Sexual cycle of Leucocytozoon canis in the tick - Number 28
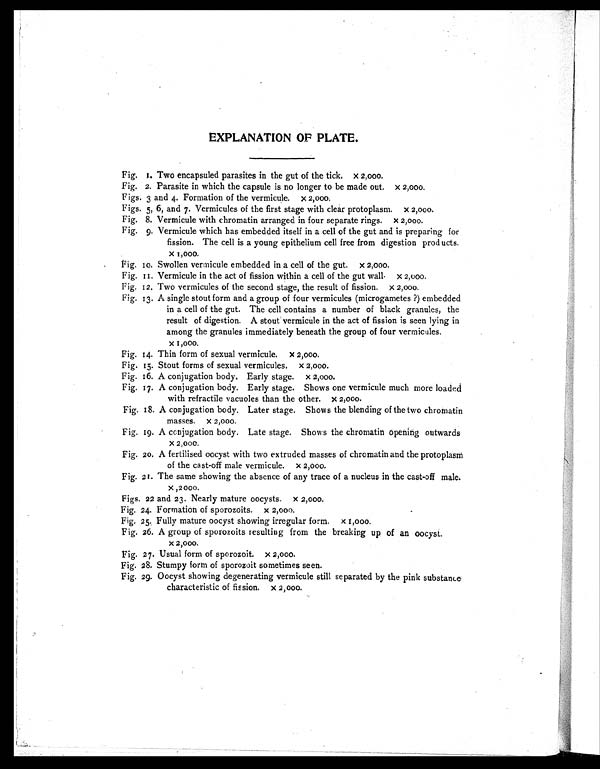
EXPLANATION OF PLATE.
Fig. 1. Two encapsuled parasites in the gut of the tick. x 2,000.
Fig. 2. Parasite in which the capsule is no longer to be made out. x 2,000.
Figs. 3 and 4. Formation of the vermicule. x 2,000.
Figs. 5, 6, and 7. Vermicules of the first stage with clear protoplasm. x 2,000.
Fig. 8. Vermicule with chromatin arranged in four separate rings. x 2,000.
Fig. 9. Vermicule which has embedded itself in a cell of the gut and is preparing for
fission. The cell is a young epithelium cell free from digestion products.
x 1,000.
Fig. 10. Swollen vermicule embedded in a cell of the gut. x 2,000.
Fig. 11. Vermicule in the act of fission within a cell of the gut wall x 2,000.
Fig. 12. Two vermicules of the second stage, the result of fission. x 2,000.
Fig. 13. A single stout form and a group of four vermicules (microgametes ?) embedded
in a cell of the gut. The cell contains a number of black granules, the
result of digestion. A stout vermicule in the act of fission is seen lying in
among the granules immediately beneath the group of four vermicules,
x 1,000.
Fig. 14. Thin form of sexual vermicule. x 2,000.
Fig. 15. Stout forms of sexual vermicules. x 2,000.
Fig. 16. A conjugation body. Early stage. x 2,000.
Fig. 17. A conjugation body. Early stage. Shows one vermicule much more loaded
with refractile vacuoles than the other. X 2,000.
Fig. 18. A conjugation body. Later stage. Shows the blending of the two chromatin
masses. x 2,000.
Fig. 19. A conjugation body. Late stage. Shows the chromatin opening outwards
X 2,000.
Fig. 20. A fertilised oocyst with two extruded masses of chromatin and the protoplasm
of the cast-off male vermicule. X 2,000.
Fig. 21. The same showing the absence of any trace of a nucleus in the cast-off male.
X ,2000.
Figs. 22 and 23. Nearly mature oocysts. X 2,000.
Fig. 24. Formation of sporozoits. x 2,000.
Fig, 25. Fully mature oocyst showing irregular form. x 1,000.
Fig. 26. A group of sporozoits resulting from the breaking up of an oocyst.
X 2,000.
Fig. 27. Usual form of sporozoit. x 2,000.
Fig, 28. Stumpy form of sporozoit sometimes seen.
Fig. 29. Oocyst showing degenerating vermicule still separated by the pink substance
characteristic of fission. x 2,000.